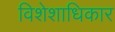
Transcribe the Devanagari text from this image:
विशेशाधिकार